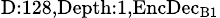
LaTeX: _{\textrm{D}:128,\textrm{Depth}:1,\textrm{EncDec}_{\textrm{B}1}}